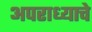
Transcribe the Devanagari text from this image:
अपराध्याचे